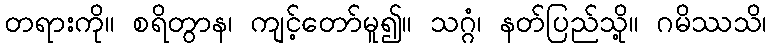
တရားကို။ စရိတွာန၊ ကျင့်တော်မူ၍။ သဂ္ဂံ၊ နတ်ပြည်သို့။ ဂမိဿသိ၊